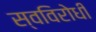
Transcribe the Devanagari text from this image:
स्वविरोधी